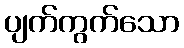
ပျက်ကွက်သော